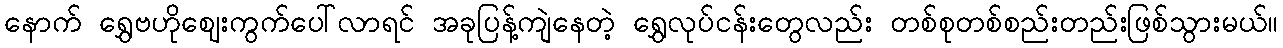
နောက် ရွှေဗဟိုဈေးကွက်ပေါ်လာရင် အခုပြန့်ကျဲနေတဲ့ ရွှေလုပ်ငန်းတွေလည်း တစ်စုတစ်စည်းတည်းဖြစ်သွားမယ်။